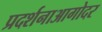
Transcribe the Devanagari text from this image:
प्रदर्शनाआगोदर